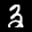
Label: 3